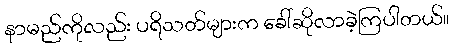
နာမည်ကိုလည်း ပရိသတ်များက ခေါ်ဆိုလာခဲ့ကြပါတယ်။